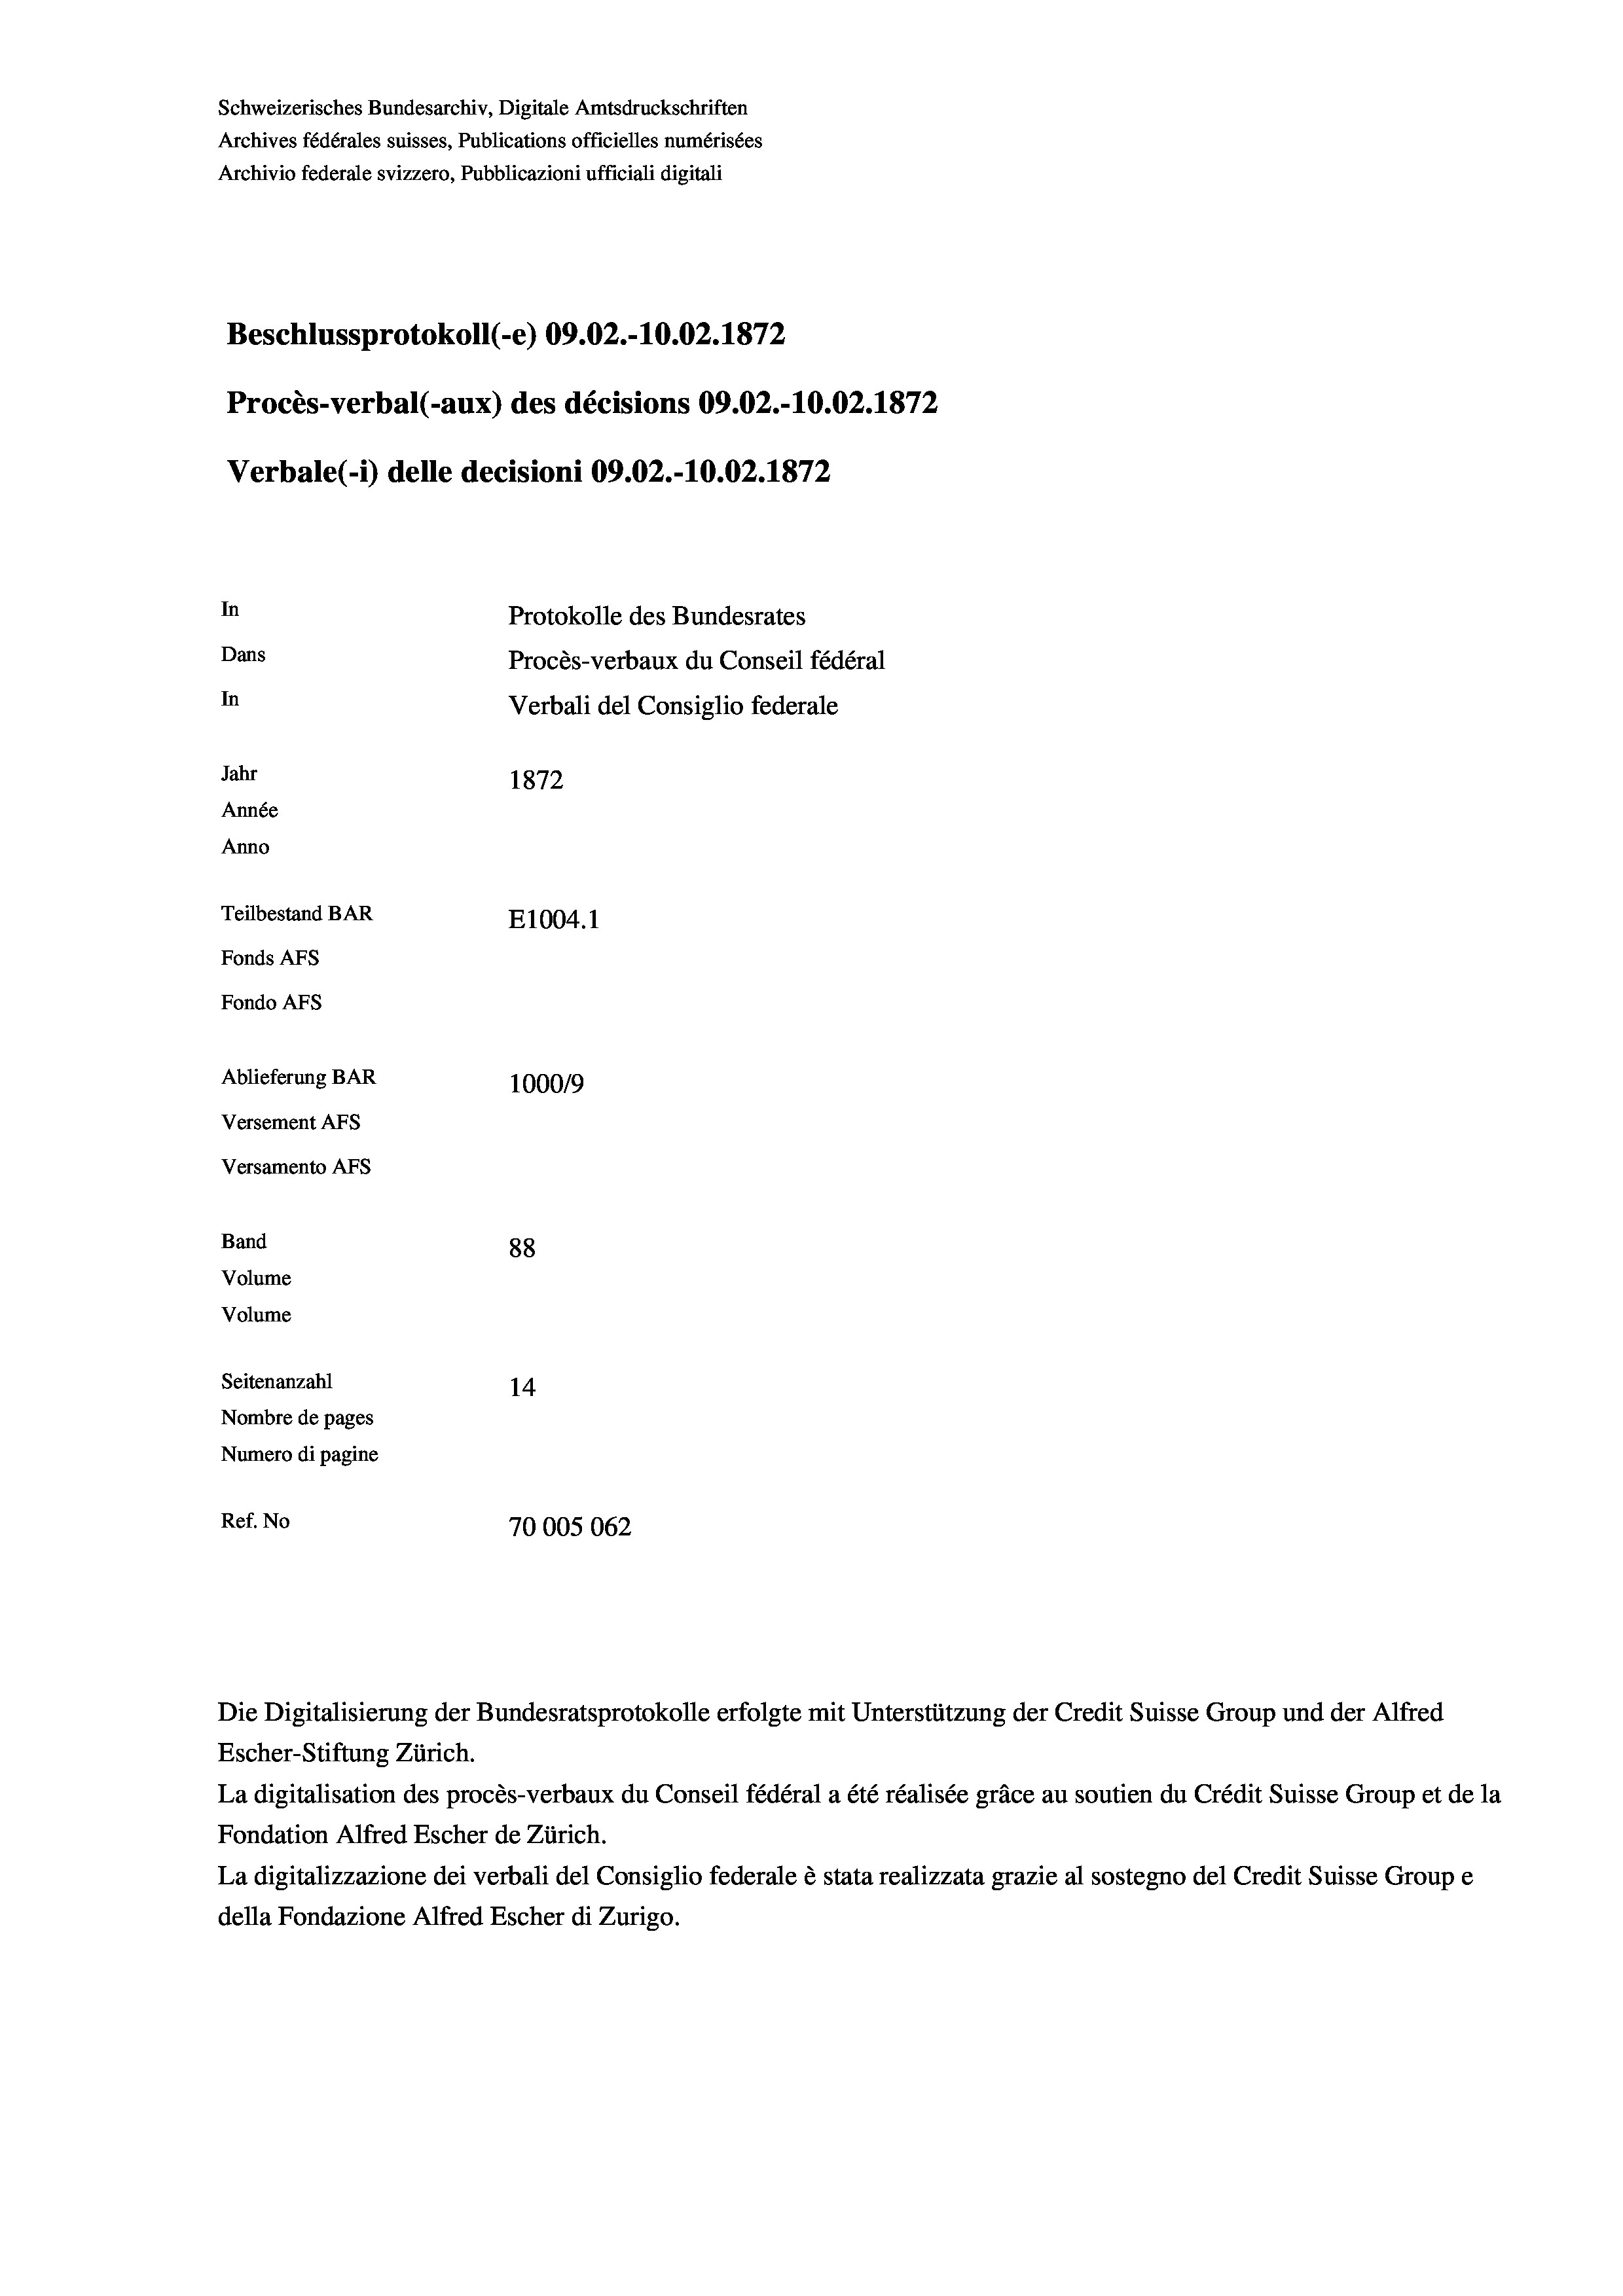
Schweizerisches Bundesarchiv, Digitale Amtsdruckschriften
Archives fédérales suisses, Publications officielles numérisées
Archivio federale svizzero, Pubblicazioni ufficiali digitali
Beschlussprotokoll (-e) 09.02.-10.02. 1872
Procès-verbal (-aux) des décisions 09.02.-10.02. 1872
Verbale (1) delle decisioni 09.02.-10.02. 1872
In
Protokolle des Bundesrates
Dans
Procès-verbaux du Conseil fédéral
In
Verbali del Consiglio federale
Jahr
1872
Année
Anno
Teilbestand BAR
E1004. 1
Fonds Afs
Fondo AFS
Ablieferung BAR
100019
Versement AFs
Versamento AFs
Band
88
Volume
Volume

Seitenanzahl
14
Nombre de pages
Numero di pagine
Ref. No
70005062

Die Digitalisierung der Bundesratsprotokolle erfolgte mit Unterstützung der Credit Suisse Group und der Alfred
Escher-Stiftung Zürich.
La digitalisation des procès-verbaux du Conseil fédéral a été réalisée gräce au soutien du Crédit Suisse Group et de la
Fondation Alfred Escher de Zürich.
La digitalizzazione dei verbali del Consiglio federale è stata realizzata grazie al sostegno del Credit Suisse Groupe
della Fondazione Alfred Escher di Zurigo.